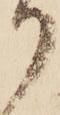
り